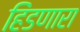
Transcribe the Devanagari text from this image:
हिंडणारा